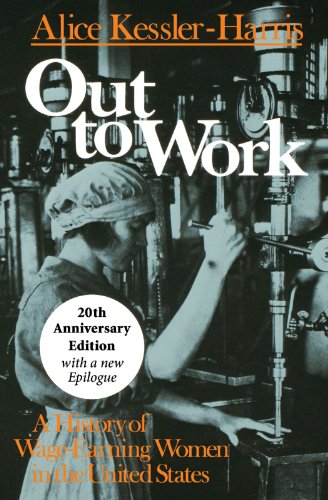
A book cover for Out to Work: A History of Wage-Earning Women in the United States, 20th Anniversary Edition; Alice Kessler-Harris; Business & Money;